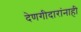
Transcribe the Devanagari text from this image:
देणगीदारांनाही